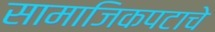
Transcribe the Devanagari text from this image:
सामाजिकपटाचे